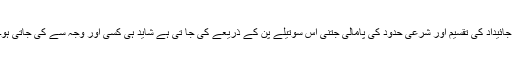
جائیداد کی تقسیم اور شرعی حدود کی پامالی جتنی اس سوتیلے پن کے ذریعے کی جا تی ہے شاید ہی کسی اور وجہ سے کی جاتی ہو۔